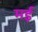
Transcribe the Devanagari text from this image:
मर्इ